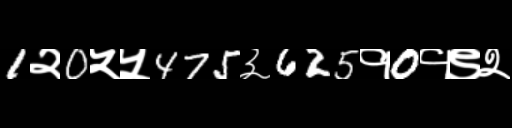
Text: 1२0५५475३625१0१९२